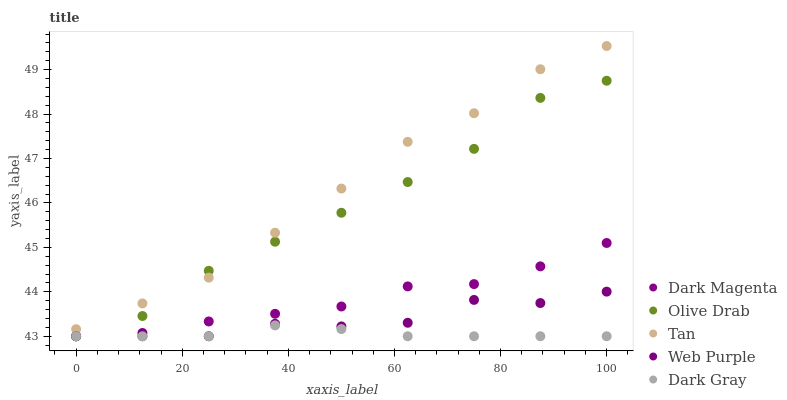
| xaxis_label | Dark Magenta | Olive Drab | Tan | Web Purple | Dark Gray |
 | --- | --- | --- | --- | --- | --- |
 | 0 | 43 | 43 | 43.2 | 43 | 43 |
 | 12.5 | 43 | 43.5 | 43.7 | 43.1 | 43 |
 | 25 | 43.3 | 44.5 | 44.3 | 43 | 43 |
 | 37.5 | 43.5 | 45.1 | 45.3 | 43.3 | 43.2 |
 | 50 | 43.7 | 45.8 | 46.3 | 43.2 | 43.2 |
 | 62.5 | 44.1 | 46.5 | 47.4 | 43.3 | 43 |
 | 75 | 44.2 | 47.2 | 48 | 43.8 | 43 |
 | 87.5 | 44.6 | 48.4 | 49 | 43.7 | 43 |
 | 100 | 45.1 | 48.7 | 49.5 | 44 | 43 |